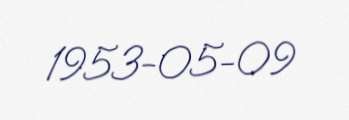
1953-05-09